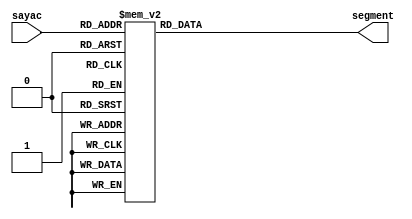
`timescale 1ns / 1ps

module seven_segment(
    input [3:0] sayac,
    output reg [6:0] segment
    );
    
    always@ (sayac) begin
    
        case (sayac)        
            4'd0: segment <= ~7'b0111111;
            4'd1: segment <= ~7'b0000110;
            4'd2: segment <= ~7'b1011011;
            4'd3: segment <= ~7'b1001111;
            4'd4: segment <= ~7'b1100110;
            4'd5: segment <= ~7'b1101101;
            4'd6: segment <= ~7'b1111101;
            4'd7: segment <= ~7'b0000111;
            4'd8: segment <= ~7'b1111111;
            4'd9: segment <= ~7'b1101111;               
            default segment <= ~7'b0000000;
        endcase
    
    end
    
endmodule